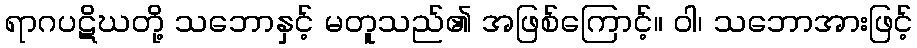
ရာဂပဋိဃတို့ သဘောနှင့် မတူသည်၏ အဖြစ်ကြောင့်။ ဝါ၊ သဘောအားဖြင့်